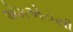
એમએચસી